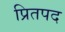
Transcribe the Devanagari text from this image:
प्रितपद